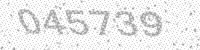
Solution: 045739